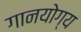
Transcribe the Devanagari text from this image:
गानयोग्य